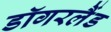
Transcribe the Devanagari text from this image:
डॉगरलैंड